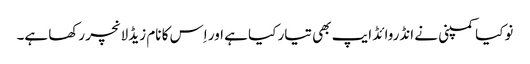
نوکیا کمپنی نے انڈروائڈ ایپ بھی تیار کیا ہے اور اِس کا نام زیڈ لانچر رکھا ہے۔